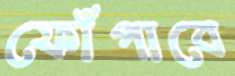
ফোঁপাবে